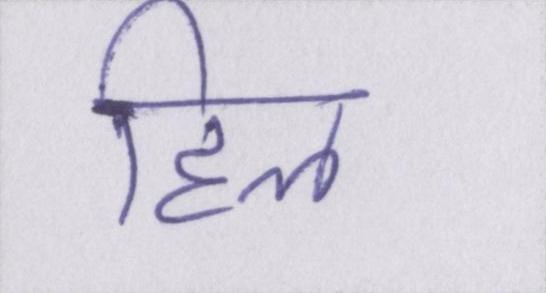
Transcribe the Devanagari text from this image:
हिल